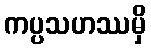
ကပ္ပသဟဿမှိ